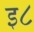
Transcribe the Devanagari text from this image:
इ८